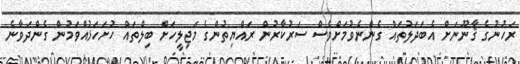
ރަހުނުގެ ޤާނޫނަށް އެބަދަލުތައް ގެންނެވުމަށްވެސް ސަރުކާރުން ރައްޔިތުންގެ މަޖިލީހަށް ބިލްތައް ހުށަހަޅުއްވަމުން ގެންދަވާނެ